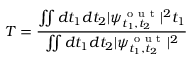
T = \frac { \iint d t _ { 1 } d t _ { 2 } | \psi _ { t _ { 1 } , t _ { 2 } } ^ { \mathrm { ~ o ~ u ~ t ~ } } | ^ { 2 } t _ { 1 } } { \iint d t _ { 1 } d t _ { 2 } | \psi _ { t _ { 1 } , t _ { 2 } } ^ { \mathrm { ~ o ~ u ~ t ~ } } | ^ { 2 } }